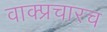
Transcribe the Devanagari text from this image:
वाक्प्रचारच